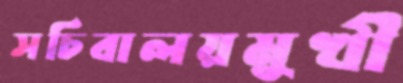
সচিবালয়মুখী